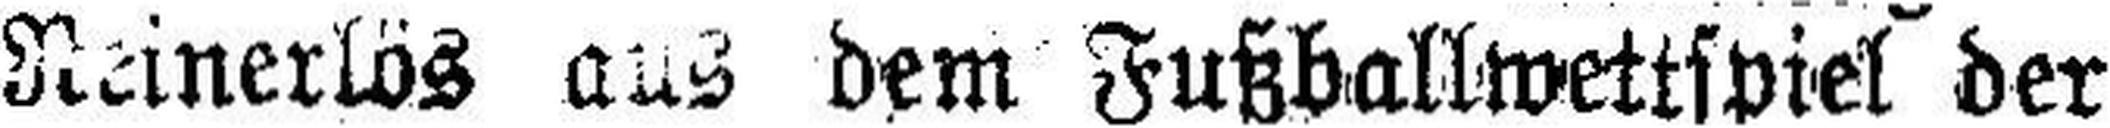
Reinerlös aus dem Fußballwettspiel der